Report of the Bombay Veterinary College
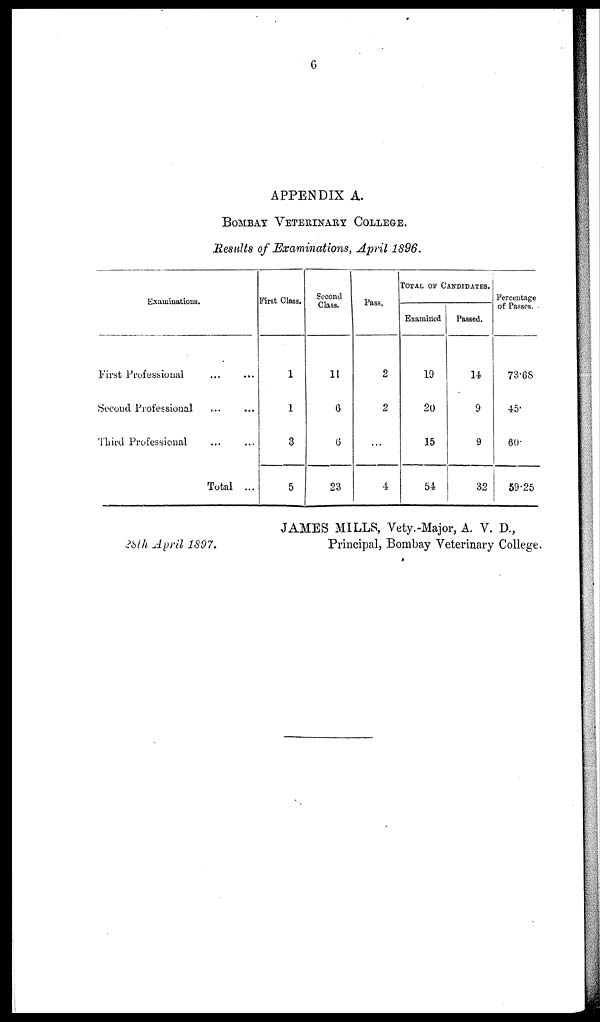
6
APPENDIX A.
BOMBAY VETERINARY COLLEGE.
Results of Examinations, April 1896.
Examinations.
First Professional
...
...
Second Professional ... ...
Third Professional
...
...
Total ...
First Class.
1
1
3
5
Second
Class.
11
6
6
23
Pass.
2
2
...
4
TOTAL OF CANDIDATES.
Examined
19
20
15
54
Passed.
14
9
9
32
Percentage
of Passes.
73.68
45.
60.
59.25
JAMES MILLS, Vety.-Major, A. V. D.,
28th April 1897.
Principal, Bombay Veterinary College.